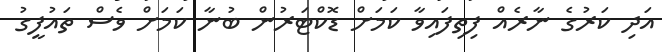
އަދި ކަރުގެ ނާރެއް ފިތިފައިވާ ކަމަށް ޑޮކްޓަރުން ބުނާ ކަމަށް ވެސް ތައުފީގު